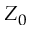
Z _ { 0 }